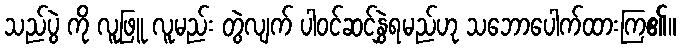
သည်ပွဲ ကို လူဖြူ လူမည်း တွဲလျက် ပါဝင်ဆင်နွှဲရမည်ဟု သဘောပေါက်ထားကြ၏။